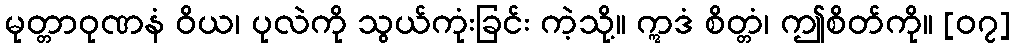
မုတ္တာဝုဏနံ ဝိယ၊ ပုလဲကို သွယ်ကုံးခြင်း ကဲ့သို့။ ဣဒံ စိတ္တံ၊ ဤစိတ်ကို။ [၀၇]